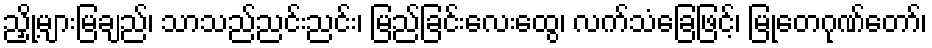
ညှို့များမြချည်၊ သာသည်ညင်းညင်း၊ မြည်ခြင်းလေးထွေ၊ လက်သံခြေဖြင့်၊ မြုတေဂုဏ်တော်၊